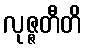
လုဇ္ဇတီတိ